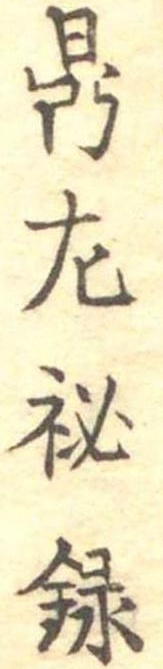
鼎左秘録